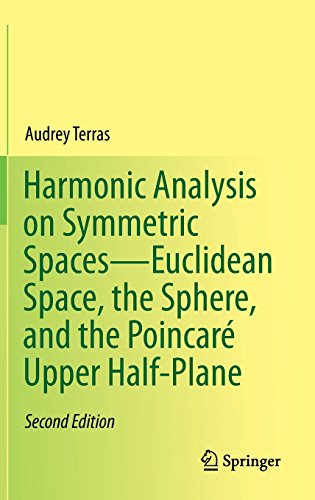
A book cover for Harmonic Analysis on Symmetric SpacesEuclidean Space, the Sphere, and the PoincarÃ© Upper Half-Plane; Audrey Terras; Science & Math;